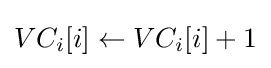
VC_{i}[i]\leftarrow VC_{i}[i]+1